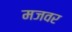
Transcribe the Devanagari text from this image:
मजवर